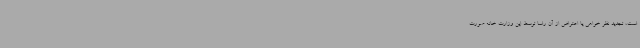
است، تجدید نظر خواهی یا اعتراض از آن راسا توسط این وزارت خانه صورت